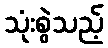
သုံးစွဲသည့်